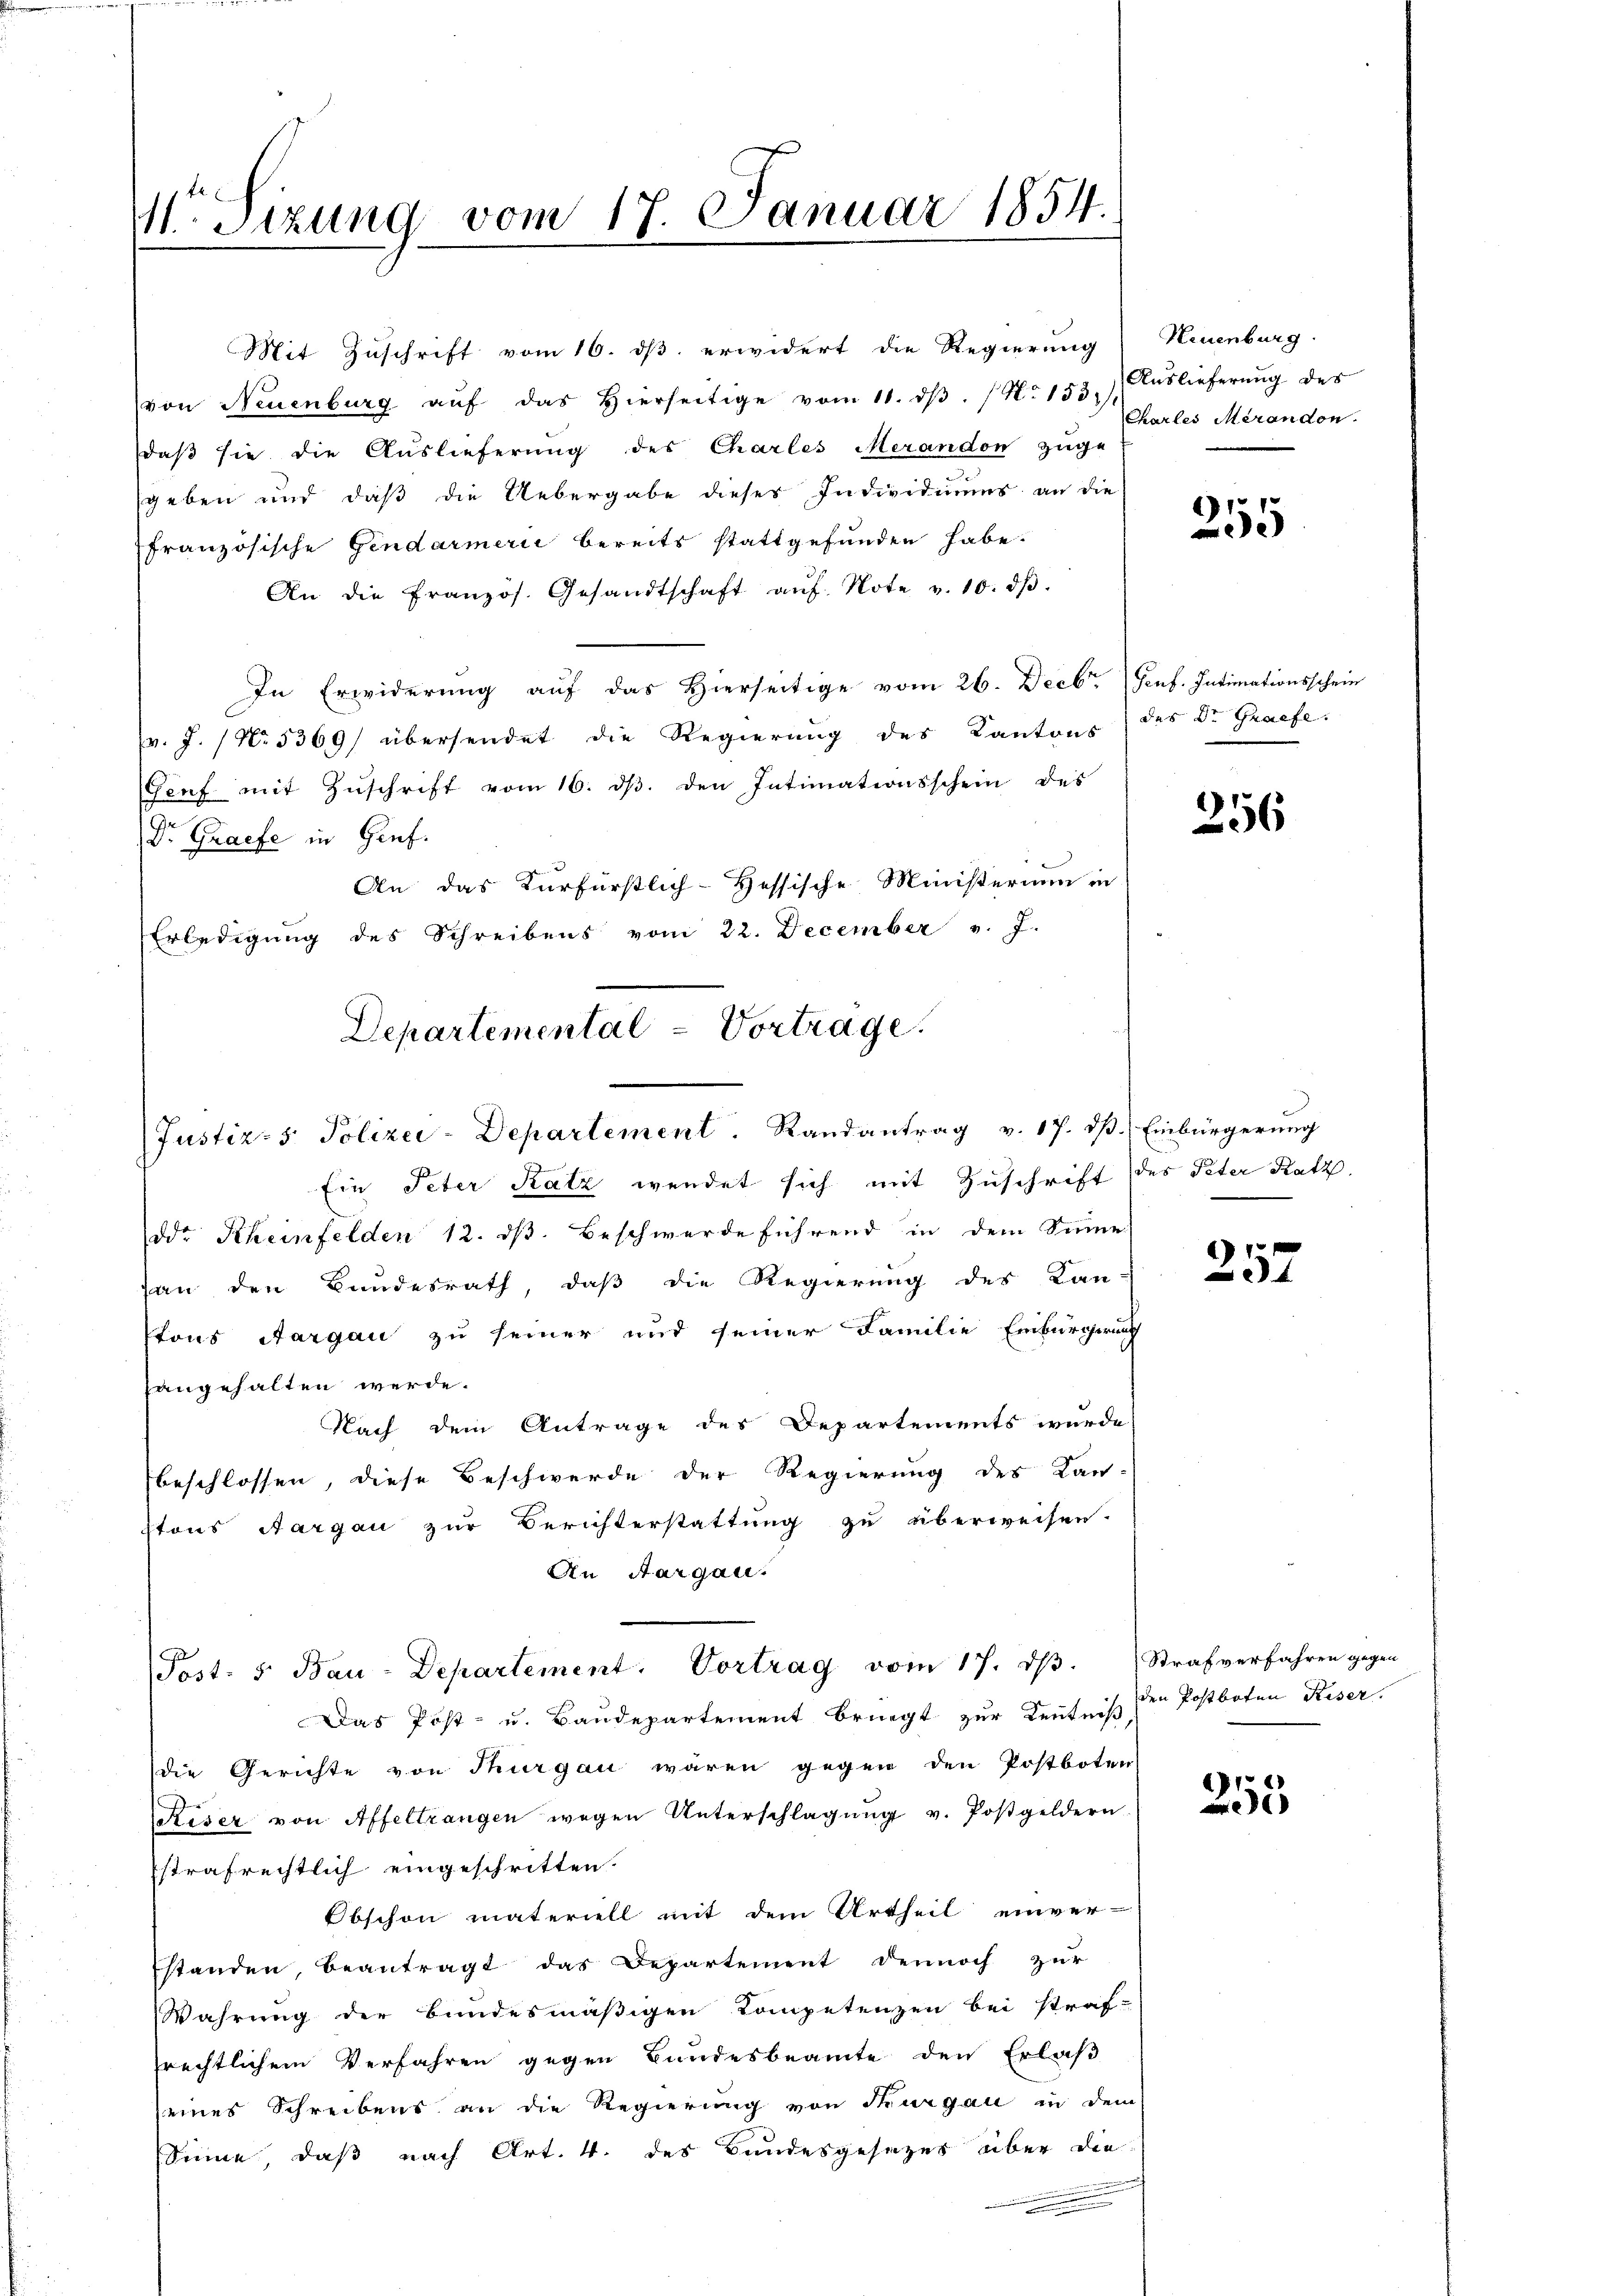
11 Sizung vom 17. Januar 1854.

Mit Zuschrift vom 16. dß erwidert die Regierung
von Neuenburg aŭf das hierseitige vom 11. dβ. No 153. Aŭslieferŭng des
daß sie die Auslieferung des Charles Merandon zuge-
geben und daß die Uebergabe dieses Individuums an die
französische Gendarmerii bereits stattgefunden habe.
An die Französ. Gesandtschaft aŭf Note v. 10. dβ.
In Erwiderung auf das Hierseitige vom 26. Decbr. Genf. Intimationsschein
v. J. No. 5369/ übersendet die Regierung des Kantons des Dr. Graefe.
Heŭf mit Zŭschrift vom 16. dβ. den Intimationsschein des
Dr. Graefe in Genf.
An das Kurfürstlich-Hessische Ministerium in
Erledigŭng des Schreibens vom 22. December v. J.
Departemental-Vorträge.

Justiz- & Polizei-Departement. Randantrag v. 17. dß. Einbürgerung

Ein Peter Katz wendet sich mit Zuschrift des Peter Ratz.
ddr Kheinfelden 12. dß. Beschwerde führend in dem Sinne
an den Bundesrath, daß die Regierung des Kan-
Ptons Aargau zu seiner und seiner Familie Einburgerung
langehalten werde.
Nach dem Antrage des Departements wurde
beschlossen, diese Beschwerde der Regierung des Kan-
Etons Aargau zur Berichterstattung zu überweisen.
An Aargau.
Das Post- u. Baudepartement bringt zur Kenntniß den Postboten Riser
die Gerichte von Thurgau wären gegen den Postboten
Reser von Affeltrangen wegen Unterschlagung v. Postgeldern
strafrechtlich eingeschritten.
Obschon materiell mit dem Urtheil einver-
standen, beantragt das Departement dennoch zur
Wahrung der bundesmäßigen Kompetenzen bei straf-
rechtlichem Verfahren gegen Bundesbeamte den Erlaß
eines Schreibens an die Regierung von Thurgau in dem
Sinne, daß nach Art. 4. des Bundesgesezes über die

Post. 5. Bau-Departement. Vortrag vom 17. dβ. Strafverfahren gegen

Neuenburg
Charles Merandon.

1
5

256

257

255